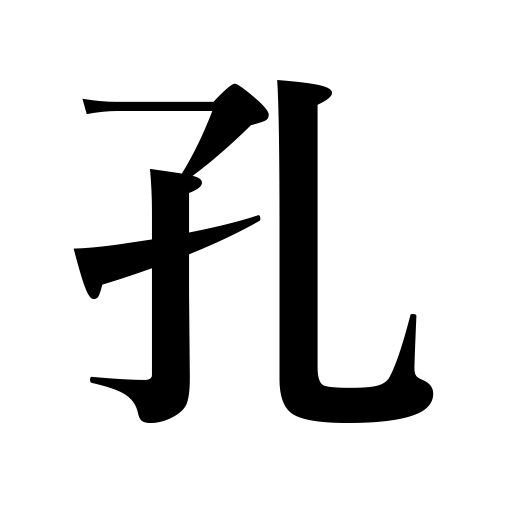
Meanings: stop of musical instrument,deficit,cave,socket,gap,aperture,den,grave,defect,slit,pit,hiding place,eyelet,cavity,fault,dark horse,hole